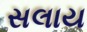
સલાય